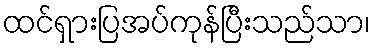
ထင်ရှားပြအပ်ကုန်ပြီးသည်သာ၊